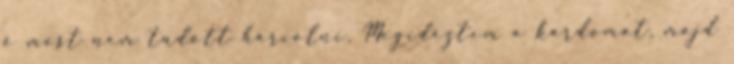
ő most nem tudott harcolni. Megidéztem a kardomat, majd